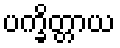
ပက္ခိတ္တာယ